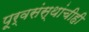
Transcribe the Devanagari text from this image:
पूर्वसंस्थांचीही